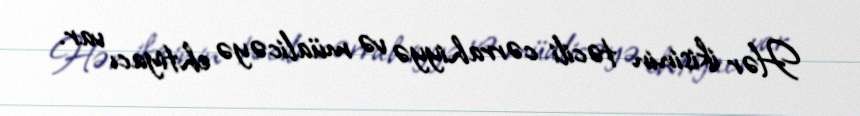
Hər ikisinin təcili cərrahiyyə və müalicəyə ehtiyacı var.